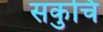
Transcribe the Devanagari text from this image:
सकुचि